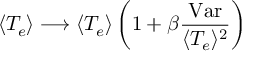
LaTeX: \langle T _ { e } \rangle \longrightarrow \langle T _ { e } \rangle \left( 1 + \beta \frac { \mathrm { V a r } } { \langle T _ { e } \rangle ^ { 2 } } \right)